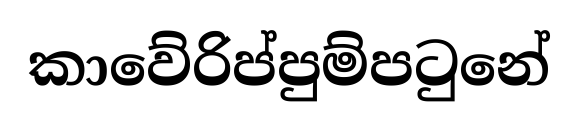
කාවේරිප්පුම්පටුනේ